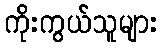
ကိုးကွယ်သူများ